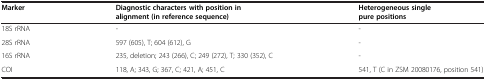
<table><thead><tr><td><b>Marker</b></td><td><b>Diagnostic characters with position in alignment (in reference sequence)</b></td><td><b>Heterogeneous single pure positions</b></td></tr></thead><tbody><tr><td>18S rRNA</td><td>-</td><td>-</td></tr><tr><td>28S rRNA</td><td>597 (605), T; 604 (612), G</td><td>-</td></tr><tr><td>16S rRNA</td><td>235, deletion; 243 (266), C; 249 (272), T; 330 (352), C</td><td>-</td></tr><tr><td>COI</td><td>118, A; 343, G; 367, C; 421, A; 451, C</td><td>541, T (C in ZSM 20080176, position 541)</td></tr></tbody></table>